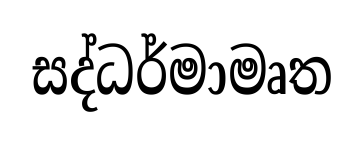
සද්ධර්මාමෘත